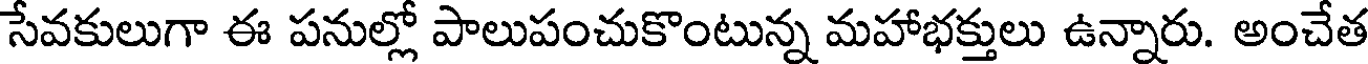
సేవకులుగా ఈ పనుల్లో పాలుపంచుకొంటున్న మహాభక్తులు ఉన్నారు. అంచేత